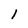
Character: 1